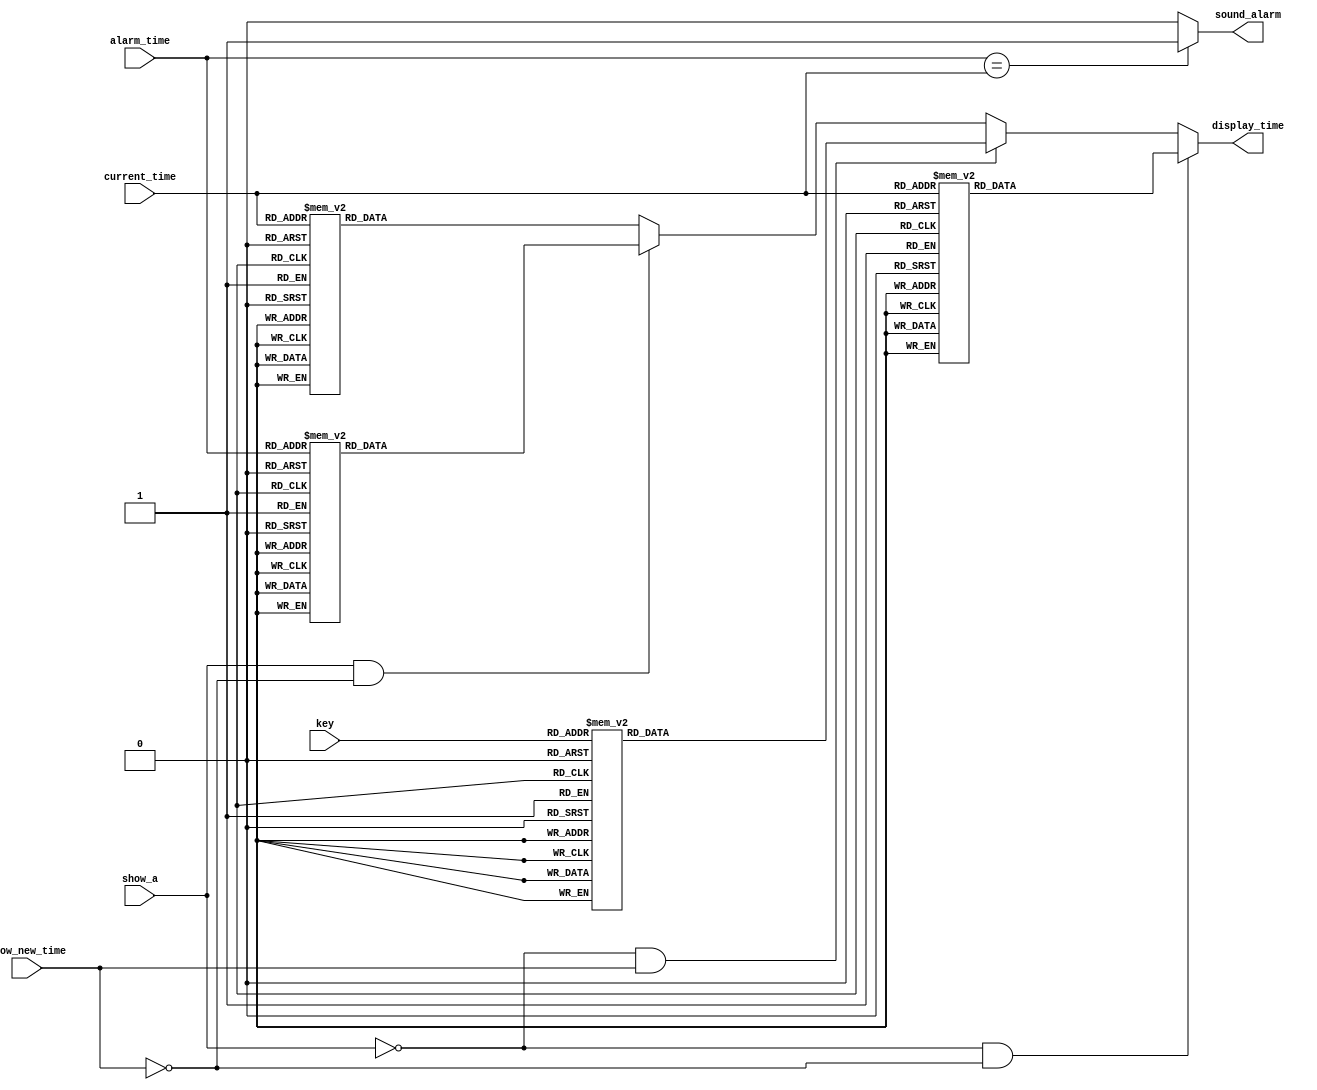
//LCD_DRIVER_MODULE
module aclk_lcd_driver(show_a,show_new_time,alarm_time,current_time,key,
                       display_time,sound_alarm);
input show_a,show_new_time;
input [3:0]alarm_time,current_time,key;
output reg[7:0]display_time;
output reg sound_alarm;

function [7:0]_display_time(input[3:0] in_time);
parameter ZERO=4'b0000,ONE=4'b0001,TWO=4'b0010,THREE=4'b0011,FOUR=4'b0100,
          FIVE=4'b0101,SIX=4'b0110,SEVEN=4'b0111,EIGHT=4'b1000,NINE=4'b1001;
 begin
   case(in_time)
     ZERO   : _display_time=8'h30;
     ONE    : _display_time=8'h31;
     TWO    : _display_time=8'h32;
     THREE  : _display_time=8'h33;
     FOUR   : _display_time=8'h34;
     FIVE   : _display_time=8'h35;
     SIX    : _display_time=8'h36;
     SEVEN  : _display_time=8'h37;
     EIGHT  : _display_time=8'h38;
     NINE   : _display_time=8'h39;
     default: _display_time=8'h3A;
   endcase
  end
endfunction
always@(*)
 begin
  if(!show_a && !show_new_time)
   display_time=_display_time(current_time);
  else if(!show_a && show_new_time)
   display_time=_display_time(key);
  else if(show_a && !show_new_time) 
   display_time=_display_time(alarm_time);
  else
   display_time=_display_time(current_time); 
  if(alarm_time==current_time)
   sound_alarm=1'b1;
  else
   sound_alarm=1'b0;
 end
endmodule